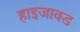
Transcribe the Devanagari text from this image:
हाइजाक्ड